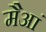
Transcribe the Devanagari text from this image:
मैआं